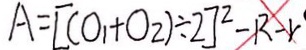
A = [ ( O _ { 1 } + O _ { 2 } ) \div 2 ] ^ { 2 } - R - r